Civil Veterinary Department. Madras. Admin. report 1926-33 - 1926-1933
Year: 1926
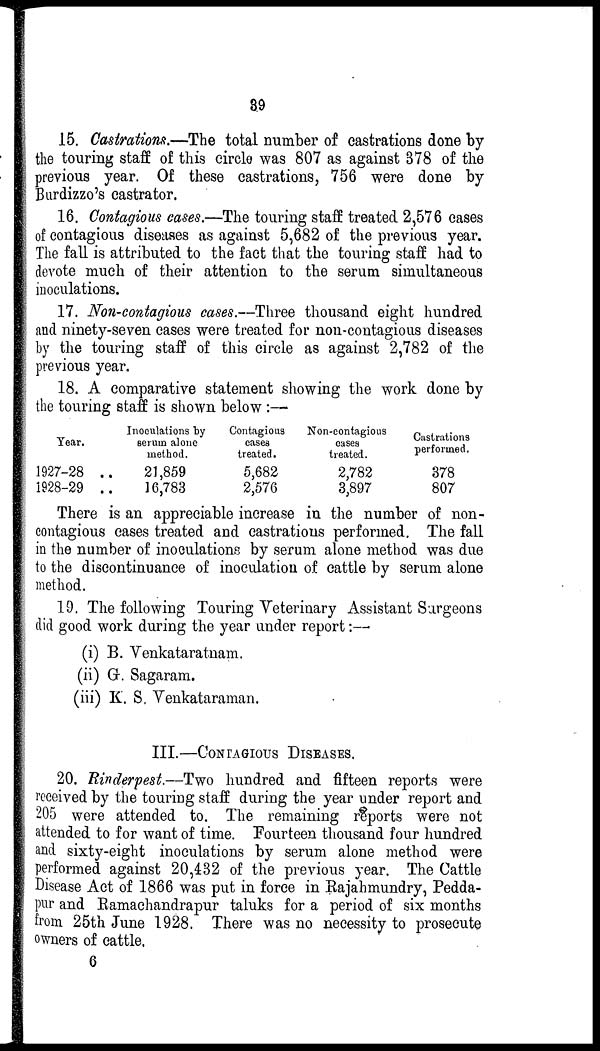
39
15. Castrations.—The total number of castrations done by
the touring staff of this circle was 807 as against 378 of the
previous year. Of these castrations, 756 were done by
Burdizzo's castrator.A
16. Contagious cases.—The touring staff treated 2,576 cases
of contagious diseases as against 5,682 of the previous year.
The fall is attributed to the fact that the touring staff had to
devote much of their attention to the serum simultaneous
inoculations.
17. Non-contagious cases.--Three thousand eight hundred
and ninety-seven cases were treated for non-contagious diseases
by the touring staff of this circle as against 2,782 of the
previous year.
18. A comparative statement showing the work done by
the touring staff is shown below :—
Year.
1927-28 ..
1928-29 ..
Inoculations by
serum alone
method.
21,859
16,783
Contagious
cases
treated.
5,682
2,576
Non-contagious
cases
treated.
2,782
3,897
Castrations
performed.
378
807
There is an appreciable increase in the number of non-
contagious cases treated and castrations performed. The fall
in the number of inoculations by serum alone method was due
to the discontinuance of inoculation of cattle by serum alone
method.
19. The following Touring Veterinary Assistant Surgeons
did good work during the year under report:—
(i) B. Venkataratnam.
(ii) G. Sagaram.
(iii) K. S. Venkataraman.
III.—CONTAGIOUS DISEASES.
20. Rinderpest.—Two hundred and fifteen reports were
received by the touring staff during the year under report and
205 were attended to. The remaining reports were not
attended to for want of time. Fourteen thousand four hundred
and sixty-eight inoculations by serum alone method were
performed against 20,432 of the previous year. The Cattle
Disease Act of 1866 was put in force in Rajahmundry, Pedda-
pur and Ramachandrapur taluks for a period of six months
from 25th June 1928. There was no necessity to prosecute
owners of cattle.
6